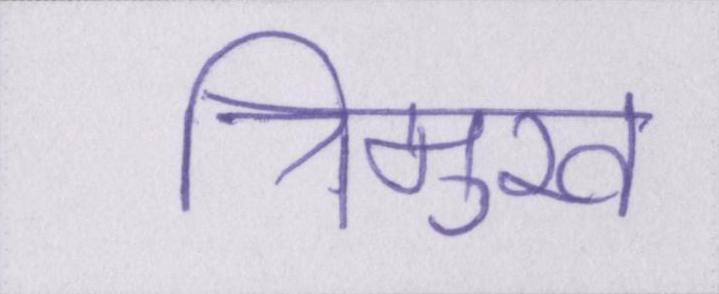
त्रिमुख